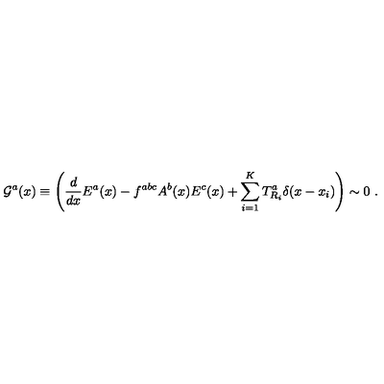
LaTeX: { \cal G } ^ { a } ( x ) \equiv \left( \frac { d } { d x } E ^ { a } ( x ) - f ^ { a b c } A ^ { b } ( x ) E ^ { c } ( x ) + \sum _ { i = 1 } ^ { K } T _ { R _ { i } } ^ { a } \delta ( x - x _ { i } ) \right) \sim 0 \ .